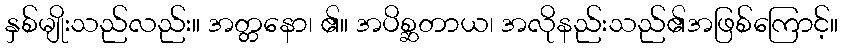
နှစ်မျိုးသည်လည်း။ အတ္တနော၊ ၏။ အပိစ္ဆတာယ၊ အလိုနည်းသည်၏အဖြစ်ကြောင့်။